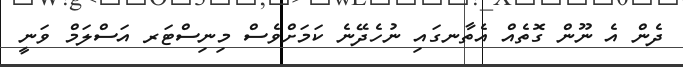
ދެން އެ ނޫން ގޮތެއް އެތާނގައި ނުހެދޭނެ ކަމަށްވެސް މިނިސްޓަރ އަސްލަމް ވަނީ